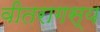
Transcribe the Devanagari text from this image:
वीतरागस्य